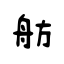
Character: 舫